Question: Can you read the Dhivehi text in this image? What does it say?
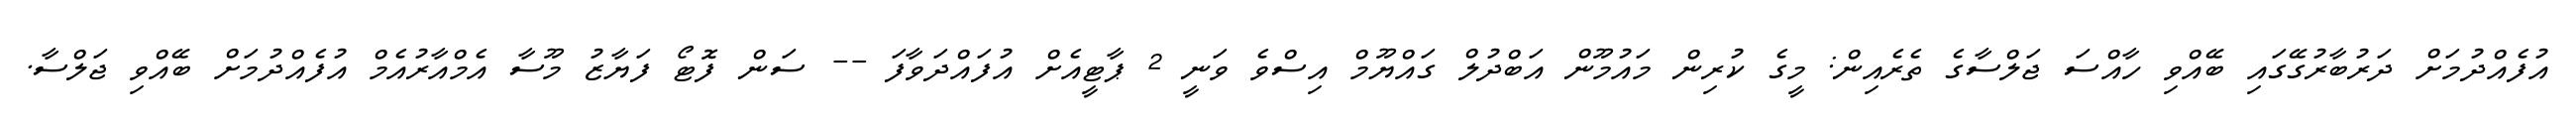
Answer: އުފެއްދުމަށް ދަރުބާރުގޭގައި ބޭއްވި ހާއްސަ ޖަލްސާގެ ތެރެއިން: މީގެ ކުރިން މައުމޫން އަބްދުލް ގައްޔޫމް އިސްވެ ވަނީ 2 ޕާޓީއެށް އުފައްދަވާފަ -- ސަން ފޮޓޯ ފަޔާޒު މޫސާ އެމްއާރުއެމް އުފެއްދުމަށް ބޭއްވި ޖަލްސާ.